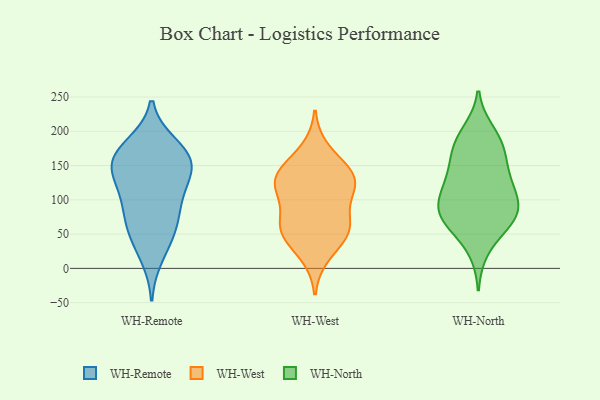
{"axis": {"x": "Production Output", "y": "Value"}, "legend": ["WH-North", "WH-Remote", "WH-West"], "data": [{"x": "", "y": 152, "type": "WH-Remote"}, {"x": "", "y": 16, "type": "WH-Remote"}, {"x": "", "y": 56, "type": "WH-Remote"}, {"x": "", "y": 159, "type": "WH-Remote"}, {"x": "", "y": 43, "type": "WH-Remote"}, {"x": "", "y": 181, "type": "WH-Remote"}, {"x": "", "y": 76, "type": "WH-Remote"}, {"x": "", "y": 99, "type": "WH-Remote"}, {"x": "", "y": 112, "type": "WH-Remote"}, {"x": "", "y": 150, "type": "WH-Remote"}, {"x": "", "y": 110, "type": "WH-Remote"}, {"x": "", "y": 181, "type": "WH-Remote"}, {"x": "", "y": 151, "type": "WH-Remote"}, {"x": "", "y": 138, "type": "WH-Remote"}, {"x": "", "y": 161, "type": "WH-Remote"}, {"x": "", "y": 66, "type": "WH-Remote"}, {"x": "", "y": 19, "type": "WH-West"}, {"x": "", "y": 132, "type": "WH-West"}, {"x": "", "y": 103, "type": "WH-West"}, {"x": "", "y": 57, "type": "WH-West"}, {"x": "", "y": 117, "type": "WH-West"}, {"x": "", "y": 60, "type": "WH-West"}, {"x": "", "y": 58, "type": "WH-West"}, {"x": "", "y": 138, "type": "WH-West"}, {"x": "", "y": 137, "type": "WH-West"}, {"x": "", "y": 173, "type": "WH-West"}, {"x": "", "y": 139, "type": "WH-West"}, {"x": "", "y": 113, "type": "WH-West"}, {"x": "", "y": 46, "type": "WH-West"}, {"x": "", "y": 66, "type": "WH-West"}, {"x": "", "y": 163, "type": "WH-North"}, {"x": "", "y": 130, "type": "WH-North"}, {"x": "", "y": 141, "type": "WH-North"}, {"x": "", "y": 168, "type": "WH-North"}, {"x": "", "y": 104, "type": "WH-North"}, {"x": "", "y": 67, "type": "WH-North"}, {"x": "", "y": 113, "type": "WH-North"}, {"x": "", "y": 75, "type": "WH-North"}, {"x": "", "y": 62, "type": "WH-North"}, {"x": "", "y": 199, "type": "WH-North"}, {"x": "", "y": 27, "type": "WH-North"}, {"x": "", "y": 96, "type": "WH-North"}, {"x": "", "y": 78, "type": "WH-North"}, {"x": "", "y": 77, "type": "WH-North"}, {"x": "", "y": 86, "type": "WH-North"}, {"x": "", "y": 125, "type": "WH-North"}, {"x": "", "y": 181, "type": "WH-North"}, {"x": "", "y": 190, "type": "WH-North"}]}